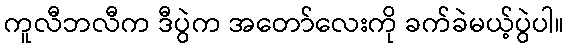
ကူလီဘလီက ဒီပွဲက အတော်လေးကို ခက်ခဲမယ့်ပွဲပါ။